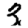
Digit: 3